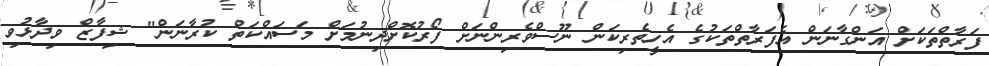
ފަރާތްތަކަށް އަންގާނަން އެފަރާތްތަކުގެ އެހީތެރިކަން ނޫސްވެރިންނަަށް ފޯރުކޮށްދިނުމަށް މަސައްކަތް ކުރާނަން" ޝިފާޒް ވިދާޅުވި